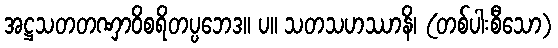
အဋ္ဌသတတဏှာဝိစရိတပ္ပဘေဒ။ ပ။ သတသဟဿာနိ၊ (တစ်ပါးစီသော)